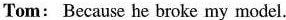
Tom: Because he broke my model.